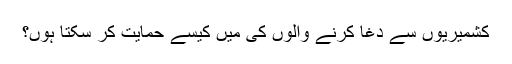
کشمیریوں سے دغا کرنے والوں کی مَیں کیسے حمایت کر سکتا ہُوں؟